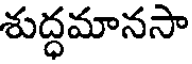
శుద్ధమానసా